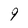
Character: 9